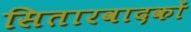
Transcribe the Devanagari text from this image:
सितारवादकों